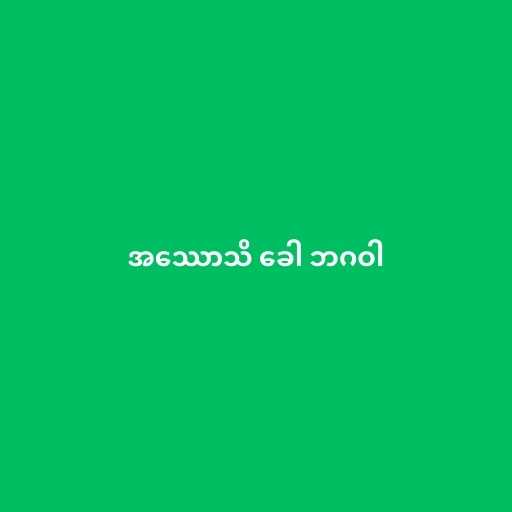
အဿောသိ ခေါ ဘဂဝါ